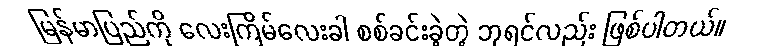
မြန်မာပြည်ကို လေးကြိမ်လေးခါ စစ်ခင်းခဲ့တဲ့ ဘုရင်လည်း ဖြစ်ပါတယ်။